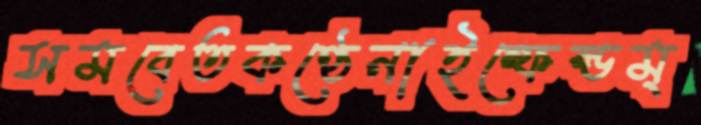
সমবেতকণ্ঠেনাইন্ফেল্ডম্